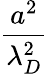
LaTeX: \frac{a^{2}}{\lambda_{D}^{2}}